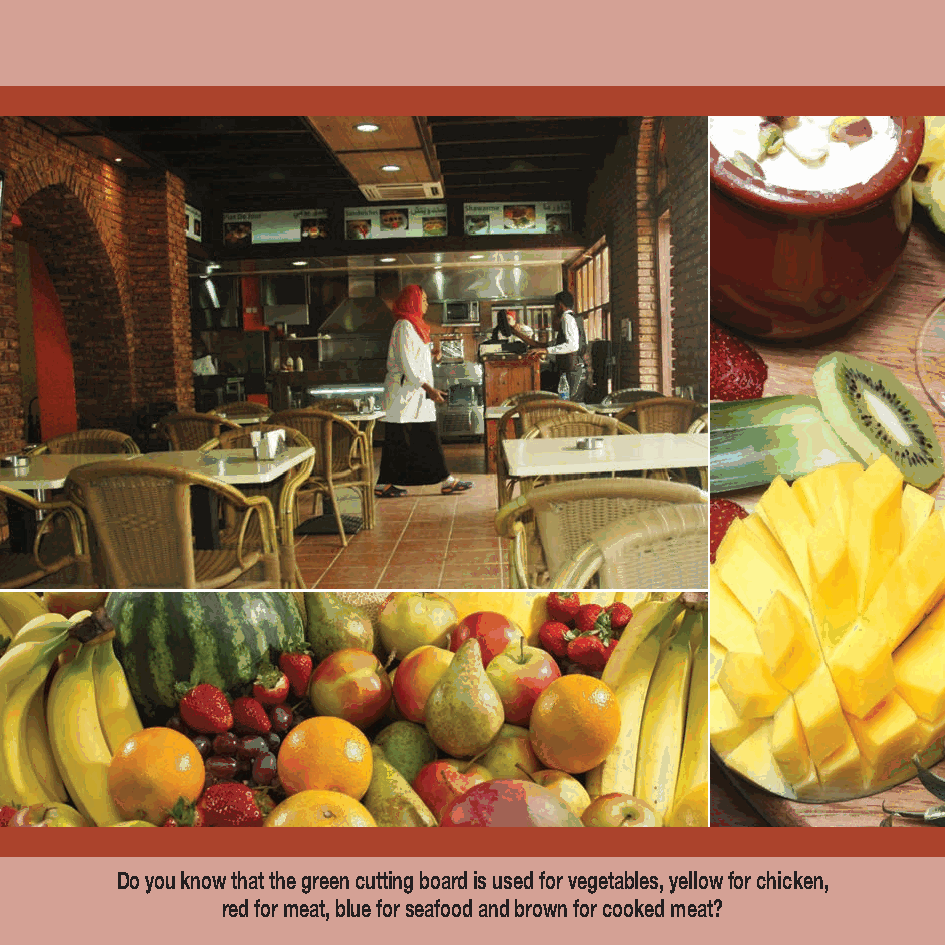
Do you know that the green cutting board is used for vegetables, yellow for chicken,
 red for meat, blue for seafood and brown for cooked meat?